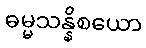
ဓမ္မသန္နိစယော